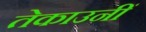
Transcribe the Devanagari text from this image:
तेकाउनीं